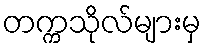
တက္ကသိုလ်များမှ